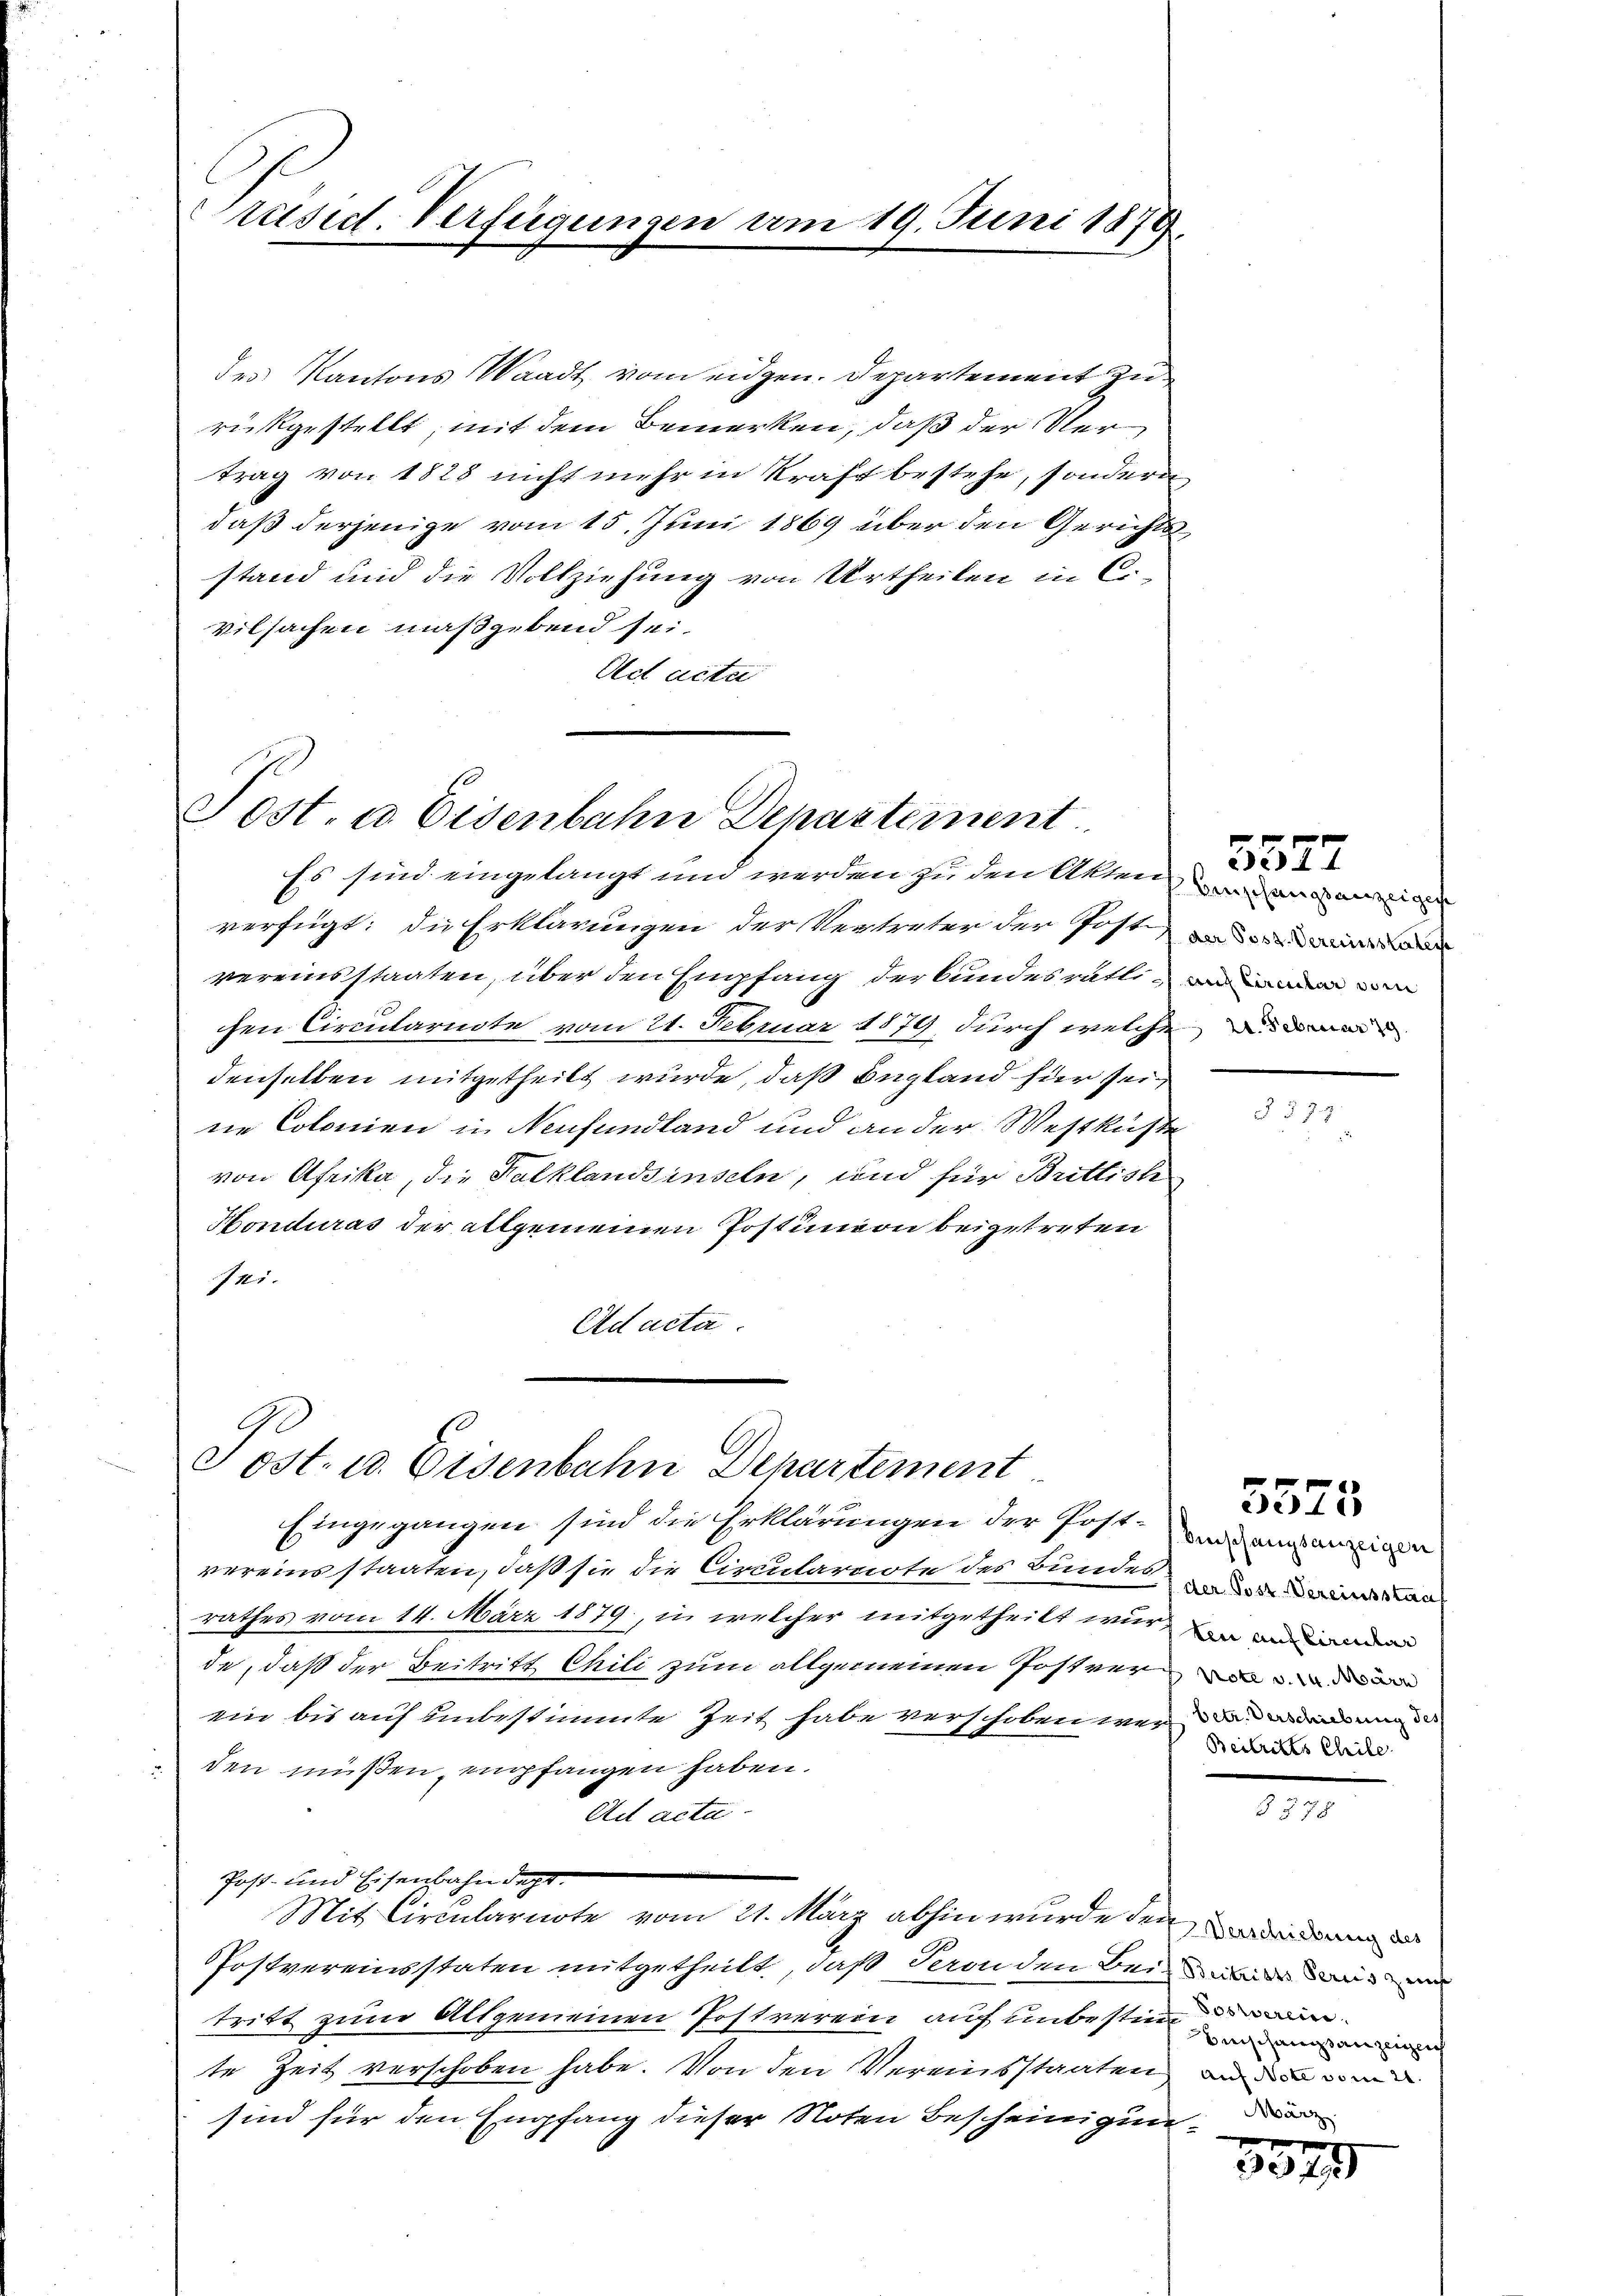
Präsid. Verfügungen am 19. Juni 1879

des Kantons Waadt vom eidgen. Departement zu
rückgestellt; mit dem Bemerken, daß der Ver
trag von 1828 nicht mehr in Kraft bestehe, sondern
daß derjenige vom 15. Juni 1869 über den Gerichts
stand und die Vollziehung von Urtheilen in C.
vilsachen maßgebend sei.
Oct acta

Post. u. Eisenbahn Denartement
Es sind eingelangt und werden zu den Akten

Post- u. Eisenbahn Departement
Eingegangen sind die Erklärungen der Post- und einigen

verfügt: die Erklärungen der Vertreter der Post
vereinsstaaten, über den Empfang der Bundesrättichen Circularente vom 21. Februar 1879, durch welche a
denselben mitgetheilt wurde, daß England für sei
ne Colonien in Neufundland und an der Westküste
von Afrika, die Falklandsinseln, und für Brittich
Honduras der allgemeinen Postunion beigetreten
14.
Adacta.

vereins staaten, daß sie die Circularnote des Bundes,
rathes vom 14. März 1879, in welcher mitgetheilt wir in weniger
de, daß der Beitritt Chili zum allgemeinen Post ver
ein bis auf unbestimmte Zeit habe verschoben war das weisung de
den müßen, empfangen haben.
Ad acta.
Post- und Eisenbahndept.
Mit Circularnote vom 21. März abhin wurde den de
Pfostvereinsstaten mitgetheilt, daß deronden Bei den un
tritt zum Allgemeinen Postverein auch unbestimmen
te Zeit verschoben habe. Von den Vereinsstaaten und
sind für den Empfang dieser Noten Bescheinigun¬

5577

Beschungsanzeiges

§ 579.

3523

(der Post Vereinsstan
Beitritts Chile

Benschangsanzeiglich
März

3

x
337